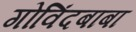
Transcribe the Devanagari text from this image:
गोविंदबाबा